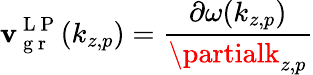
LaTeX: \mathbf{v}_{\mathrm{{~g~r~}}}^{\mathrm{{~L~P~}}}(k_{z,p})=\frac{{\partial\omega(k_{z,p})}}{{\partialk_{z,p}}}